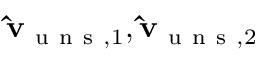
\mathbf { \hat { v } } _ { \mathrm { ~ u ~ n ~ s ~ } , 1 } , \mathbf { \hat { v } } _ { \mathrm { ~ u ~ n ~ s ~ } , 2 }